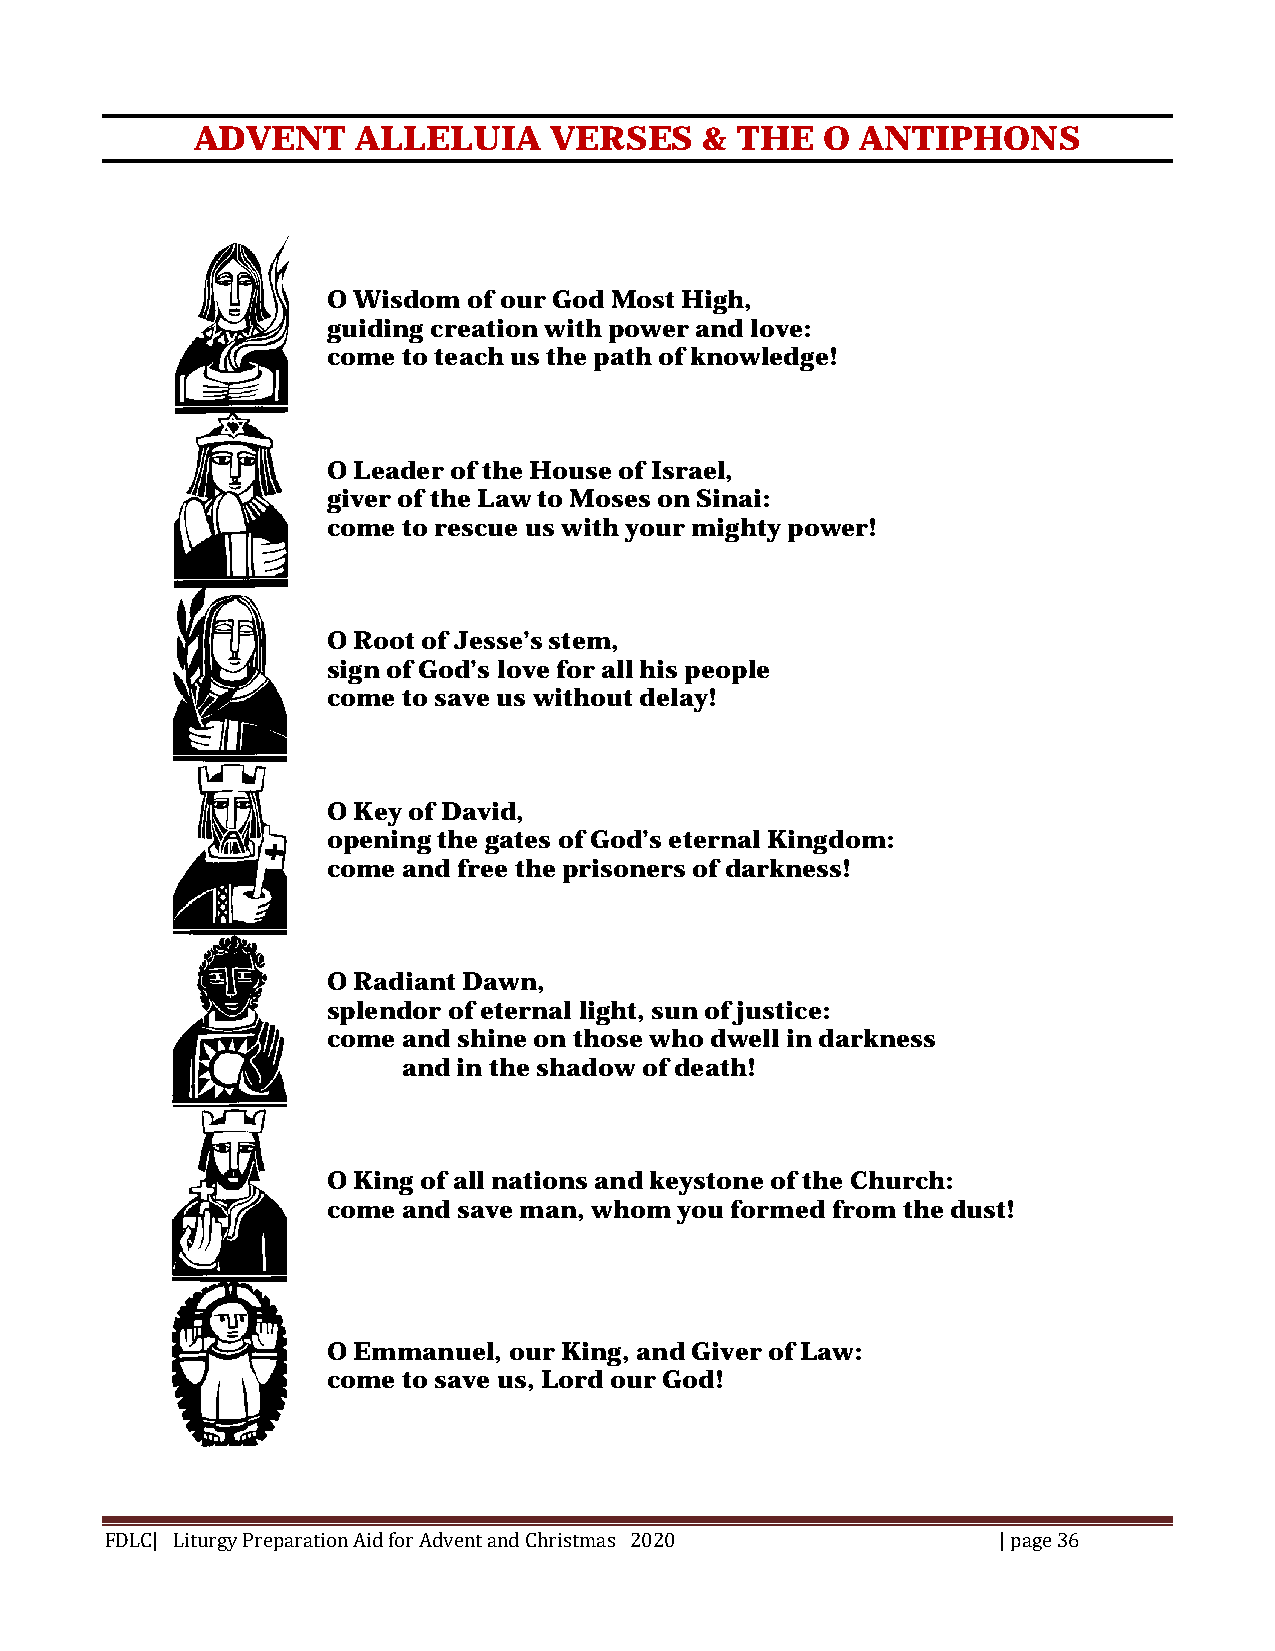
ADVENT     ALLELUIA    VERSES    &  THE  O  ANTIPHONS
 O Wisdom of our God Most High,
 guiding creation with power and love:
 come to teach us the path of knowledge!
 O Leader of the House of Israel,
 giver of the Law to Moses on Sinai:
 come to rescue us with your mighty power!
 O Root of Jesse’s stem,
 sign of God’s love for all his people
 come to save us without delay!
 O Key of David,
 opening the gates of God’s eternal Kingdom:
 come and free the prisoners of darkness!
 O Radiant Dawn,
 splendor of eternal light, sun of justice:
 come and shine on those who dwell in darkness
 and in the shadow of death!
 O King of all nations and keystone of the Church:
 come and save man, whom you formed from the dust!
 O Emmanuel, our King, and Giver of Law:
 come to save us, Lord our God!
 FDLC| Liturgy Preparation Aid for Advent and Christmas 2020 | page 36